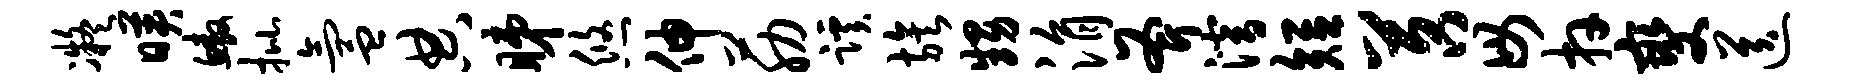
凝映鳌批氲典睇悠伸筋蹊族甥涓斧潜短苕毋卉燮送